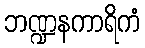
ဘဏ္ဍနကာရိကံ